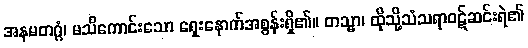
အနမတဂ္ဂံ၊ မသိကောင်းသော ရှေးနောက်အစွန်းရှိ၏။ တသ္မာ၊ ထိုသို့သံသရာဝဋ်ဆင်းရဲ၏